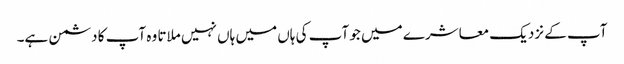
آپ کے نزدیک معاشرے میں جو آپ کی ہاں میں ہاں نہیں ملاتا وہ آپ کا دشمن ہے۔